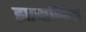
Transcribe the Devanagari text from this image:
झाबाव्निक